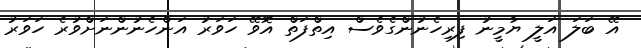
އޭ ބަލަ އަލީ ޔާމީނު ފިރިހެނުންގެވެސް އިތްފަތް އޮވޭ ހަވަރު އަންހެނުންނަށްވުރެ ހަވަރު